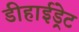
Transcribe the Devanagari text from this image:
डीहाईड्रेट